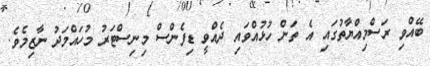
ބޭއްވި ރަސްމިއްޔާތުގައި އެ ތަން ހުޅުއްވައި ދެއްވީ ޑިފެންސް މިނިސްޓަރު މުހައްމަދު ނާޒިމެވެ.